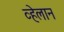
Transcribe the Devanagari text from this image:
व्हेलान